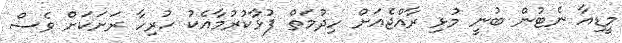
މީޑިއާ ނެޓުން ބުނީ މުޅި ރާއްޖެއަށް ހިދުމަތް ފުޅާކުރުމާއެކު ހުރިހާ ރަށަކަށް ވެސް